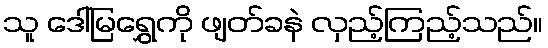
သူ ဒေါ်မြရွှေကို ဖျတ်ခနဲ လှည့်ကြည့်သည်။